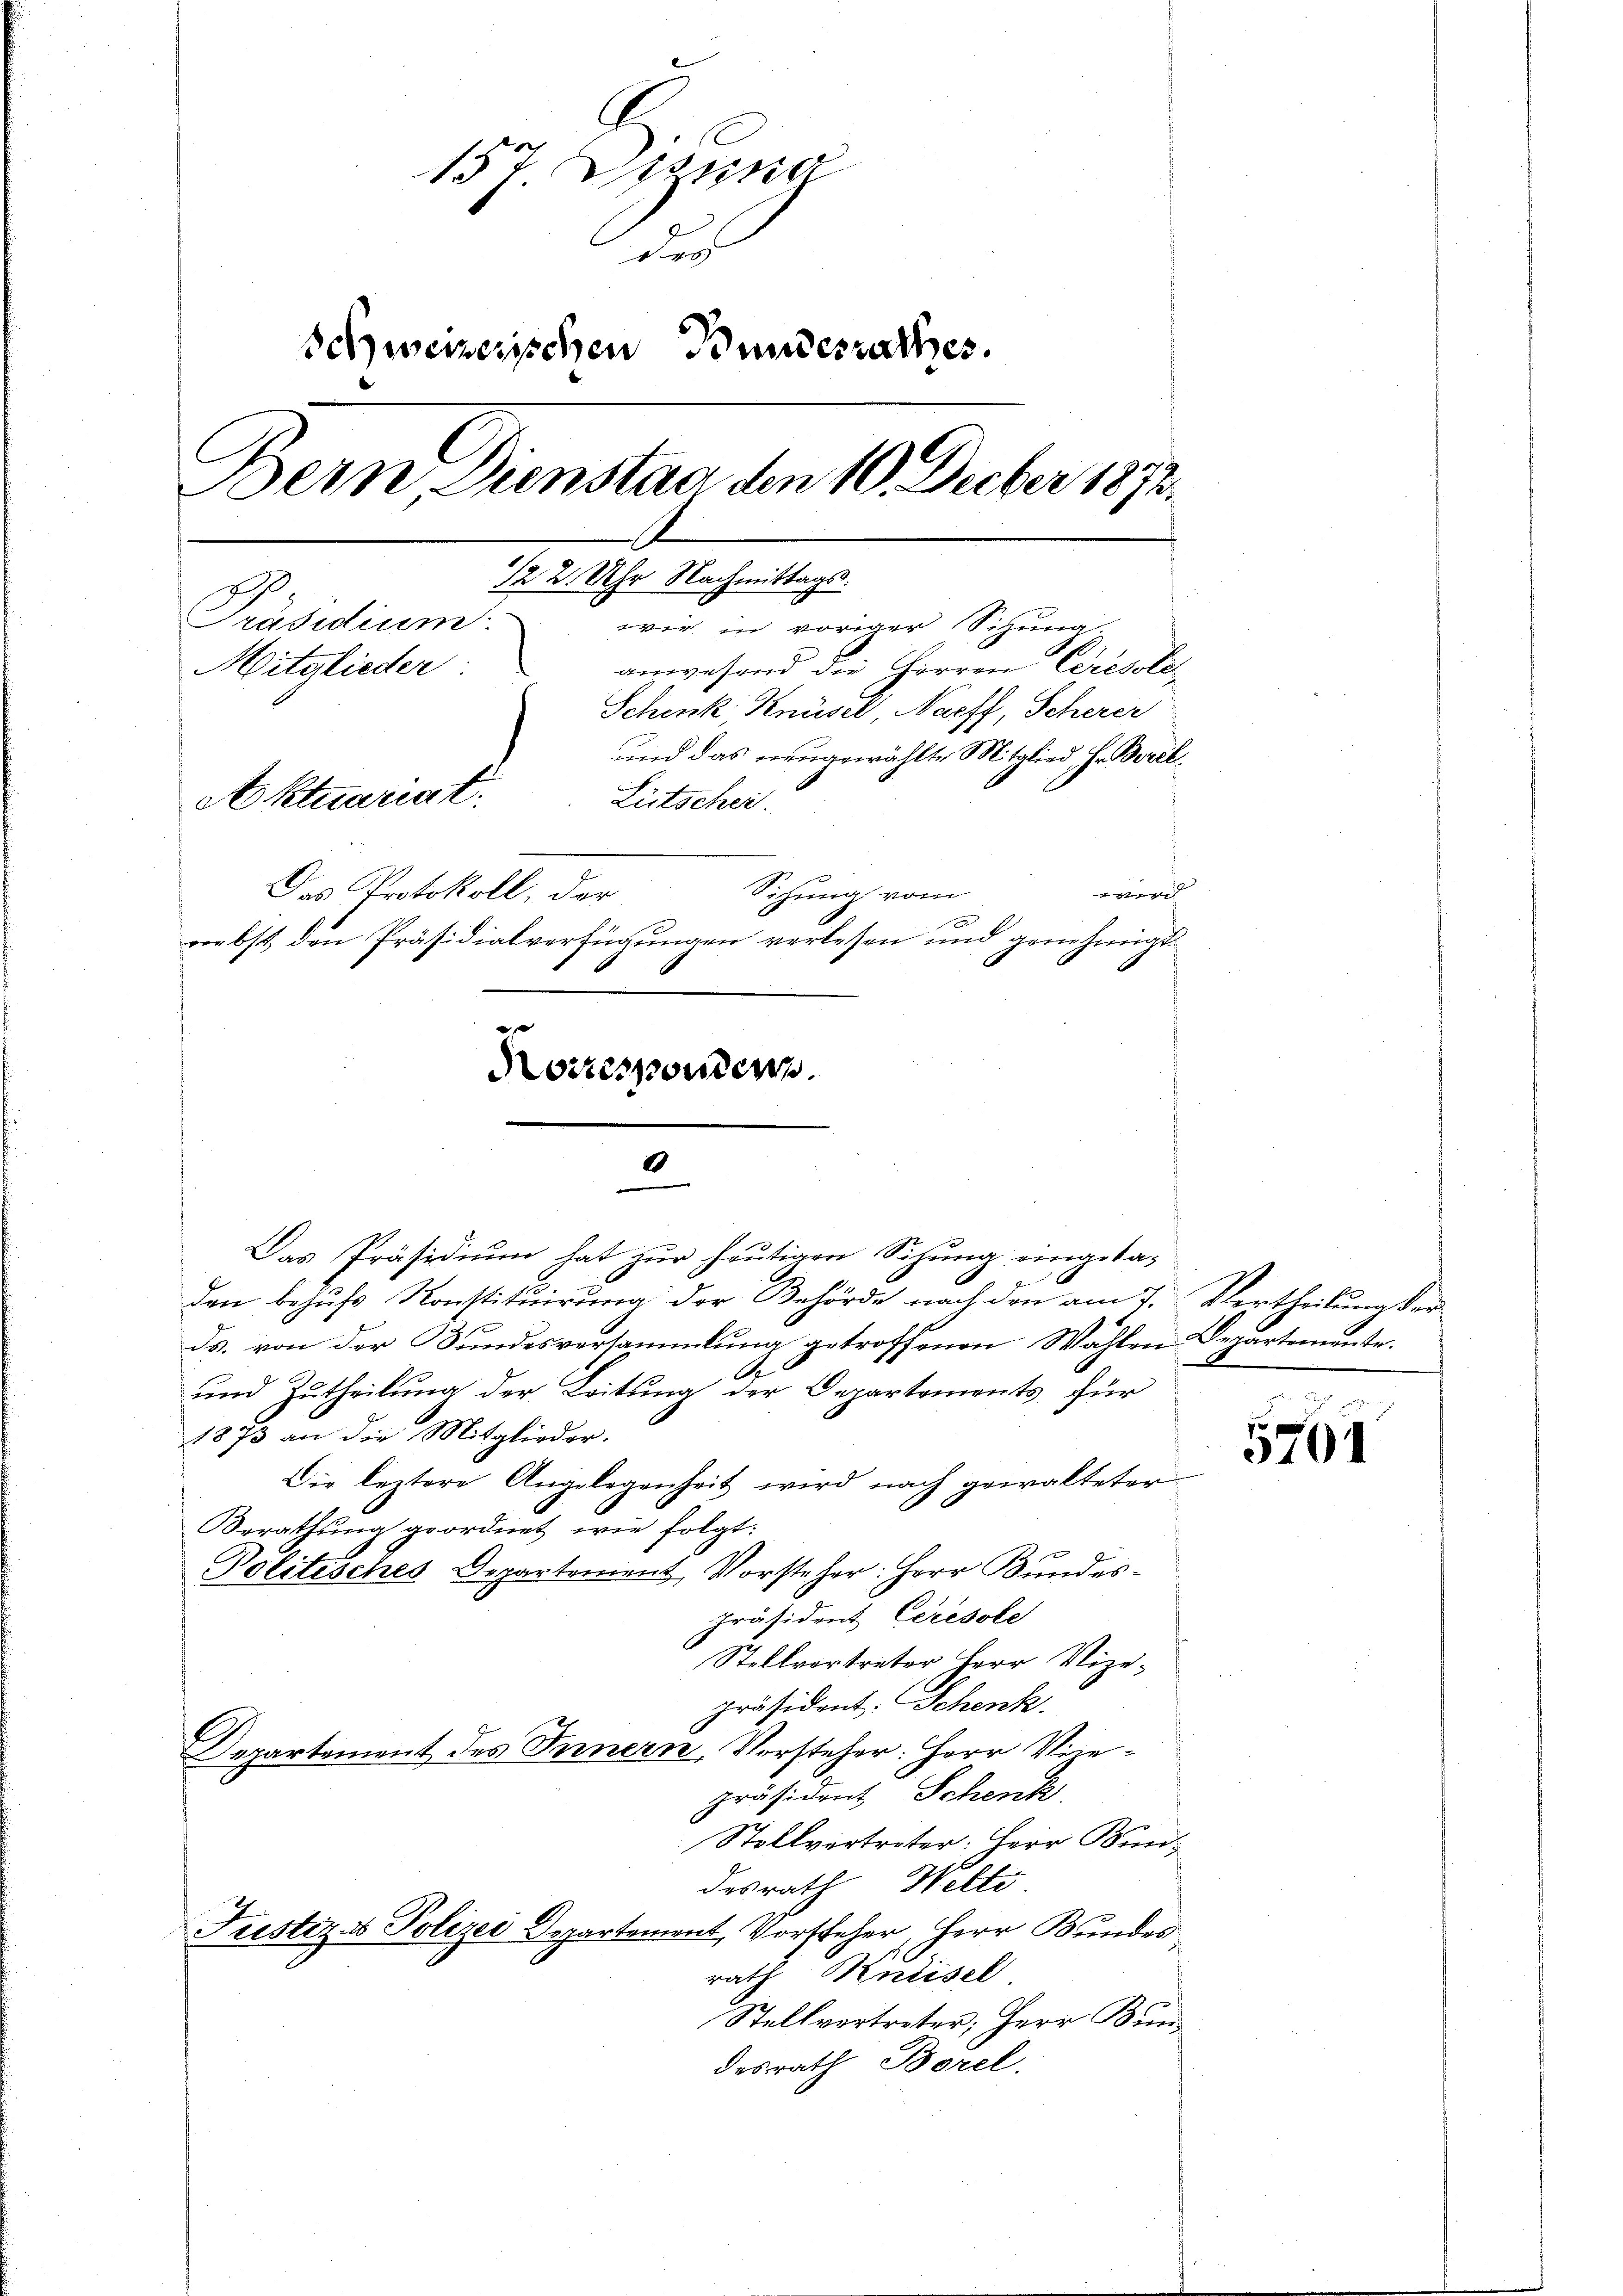
157. Spina
des
Schweizerischen Bundesrathes.
Bern Dienstag den 10. Decber 1873.
122. Uhr Nachmittags.
Präsidium.
wir in voriger Sitzung.
A
anwesend die Herren Ceresste
Mitglieder
Schenk Knüsel, Naeff, Scherer
und das neugewählte Mitglied Hr. Borel
Aktuariat.
Litschei.
Das Protokoll, der
e
Sitzung vom

riebst den Präsidialverfügungen verlesen und genehmigt.

Kotzes sondern.

3
Das Präsidium hat zur heutigen Sihung eingeka-

den behufs Konstituirung der Behörde nach den am 7. Vertheilung der
ds. von der Bundesversammlung getroffenen Wählen Departemente.
und Zutheilung der Leitung der Departements, für
1873 an die Mitglieder.
Die leztere Angelegenheit wird nach gewalteter
Berathung geordnet wie folgt:
Politisches Departement Vorsteher: Herr Bundespräsident Ceresole
Stellvertreter Herr Vizepräsident. Schenk.
Departement des Ternern, Vorsteher: Herr Vicepräsident Schenk.
Stollvertreter: Herr Bundesrath Welti
Justiz & Polizei Departement, Vorsteher, Herr Bundes
rath Kulisel
Stellvertreter; Herr Kundesrath Borel.

5761